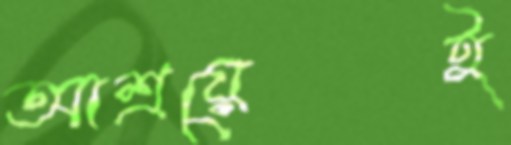
আশ্রয়েই